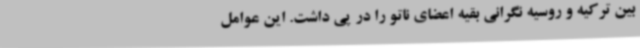
بین ترکیه و روسیه نگرانی بقیه اعضای ناتو را در پی داشت. این عوامل